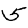
Digit: 5